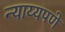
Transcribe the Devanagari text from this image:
न्याय्यपणे